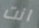
انت